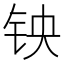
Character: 𫓭